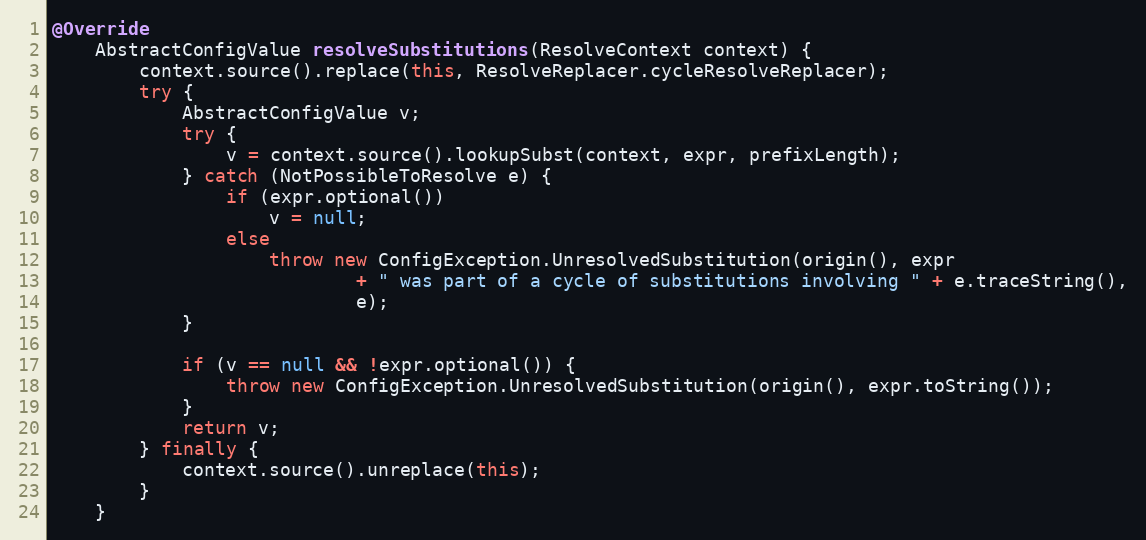
Language: Java
@Override
    AbstractConfigValue resolveSubstitutions(ResolveContext context) {
        context.source().replace(this, ResolveReplacer.cycleResolveReplacer);
        try {
            AbstractConfigValue v;
            try {
                v = context.source().lookupSubst(context, expr, prefixLength);
            } catch (NotPossibleToResolve e) {
                if (expr.optional())
                    v = null;
                else
                    throw new ConfigException.UnresolvedSubstitution(origin(), expr
                            + " was part of a cycle of substitutions involving " + e.traceString(),
                            e);
            }

            if (v == null && !expr.optional()) {
                throw new ConfigException.UnresolvedSubstitution(origin(), expr.toString());
            }
            return v;
        } finally {
            context.source().unreplace(this);
        }
    }